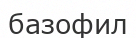
базофил